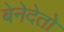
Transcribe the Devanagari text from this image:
बेनेदेतो